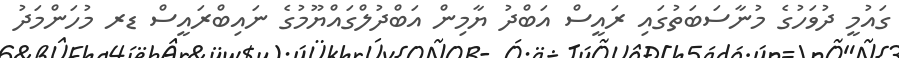
ގައުމީ ދުވަހުގެ މުނާސަބަތުގައި ރައީސް އަބްދު ޔާމިން އަބްދުލްގައްޔޫމުގެ ނައިބްރައީސް ޑރ މުހަންމަދު